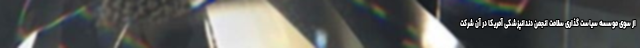
از سوی موسسه سیاست گذاری سلامت انجمن دندانپزشکی آمریکا در آن شرکت